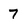
Character: 7